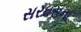
સરઘસના